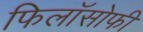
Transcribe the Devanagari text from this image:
फिलॉसोफी